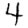
Digit: 4